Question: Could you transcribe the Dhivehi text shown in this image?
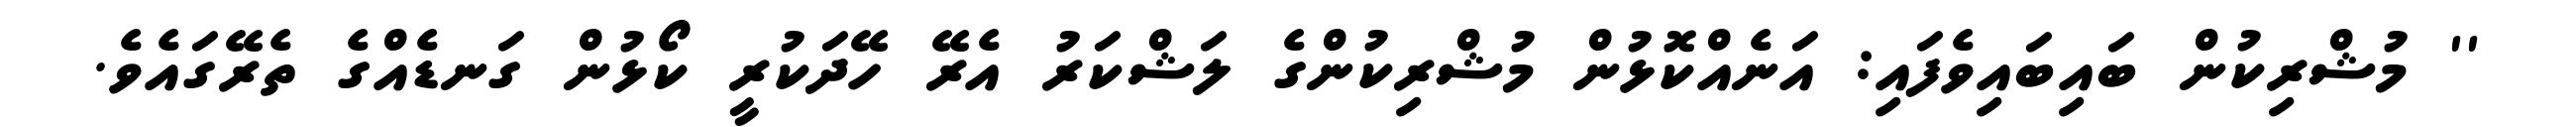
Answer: '' މުޝްރިކުން ބައިބައިވެފައި: އަނެއްކޮޅުން މުޝްރިކުންގެ ލަޝްކަރު އެރޭ ހޭދަކުރީ ކޯޅުން ގަނޑެއްގެ ތެރޭގައެވެ.